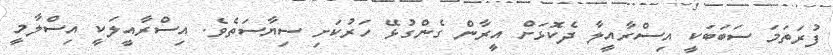
ފުރަތަމަ ސަބަބަކީ އިސްރާއީލާ ދެކޮޅަށް އީރާން ގެންގުޅޭ ހަރުކަށި ސިޔާސަތެވެ. އިސްރާއީލަކީ އިސްލާމީ